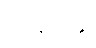
အေးမြဖြူ